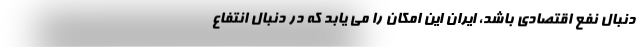
دنبال نفع اقتصادی باشد، ایران این امکان را می یابد که در دنبال انتفاع